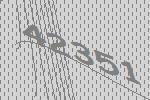
42351